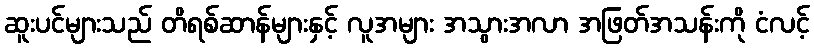
ဆူးပင်များသည် တိရစ်ဆာန်များနှင့် လူအများ အသွားအလာ အဖြတ်အသန်းကို ငံလင့်